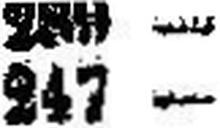
247 —